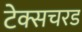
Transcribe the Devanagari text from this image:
टेक्सचरड